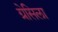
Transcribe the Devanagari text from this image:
ग्रेसिला